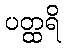
ပတ္ထရိ